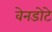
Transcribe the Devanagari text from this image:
वेनडोटे